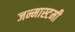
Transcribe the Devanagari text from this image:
जन्मास्टमी